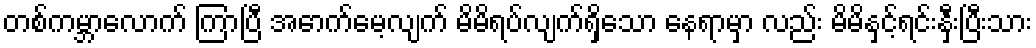
တစ်ကမ္ဘာလောက် ကြာပြီ အောက်မေ့လျက် မိမိရပ်လျက်ရှိသော နေရာမှာ လည်း မိမိနှင့်ရင်းနှီးပြီးသား